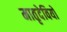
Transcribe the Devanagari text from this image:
मातृदेवियों